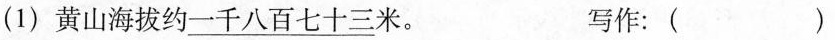
(1) 黄山海拔约\underline{一千八百七十三}米。 写作：()